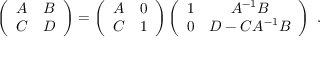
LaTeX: \left( \begin{array} { c c } { { A } } & { { B } } \\ { { C } } & { { D } } \end{array} \right) = \left( \begin{array} { c c } { { A } } & { { 0 } } \\ { { C } } & { { 1 } } \end{array} \right) \left( \begin{array} { c c } { { 1 } } & { { A ^ { - 1 } B } } \\ { { 0 } } & { { D - C A ^ { - 1 } B } } \end{array} \right) ~ .